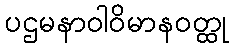
ပဌမနာဝါဝိမာနဝတ္ထု